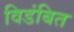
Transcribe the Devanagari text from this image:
विडंबित